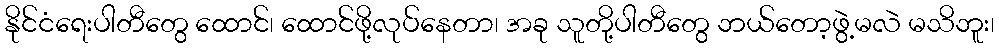
နိုင်ငံရေးပါတီတွေ ထောင်၊ ထောင်ဖို့လုပ်နေတာ၊ အခု သူတို့ပါတီတွေ ဘယ်တော့ဖွဲ့မလဲ မသိဘူး၊